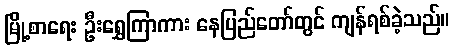
မြို့စာရေး ဦးရွှေကြာကား နေပြည်တော်တွင် ကျန်ရစ်ခဲ့သည်။